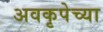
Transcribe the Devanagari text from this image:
अवकृपेच्या